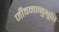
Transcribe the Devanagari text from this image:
जीवनानुभूति